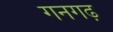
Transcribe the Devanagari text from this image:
गनगढ़